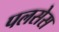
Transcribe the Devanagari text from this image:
पलसेस